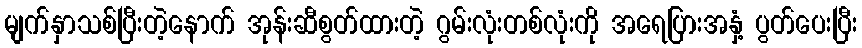
မျက်နှာသစ်ပြီးတဲ့နောက် အုန်းဆီစွတ်ထားတဲ့ ဂွမ်းလုံးတစ်လုံးကို အရေပြားအနှံ့ ပွတ်ပေးပြီး